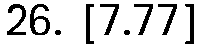
26. [7.77]